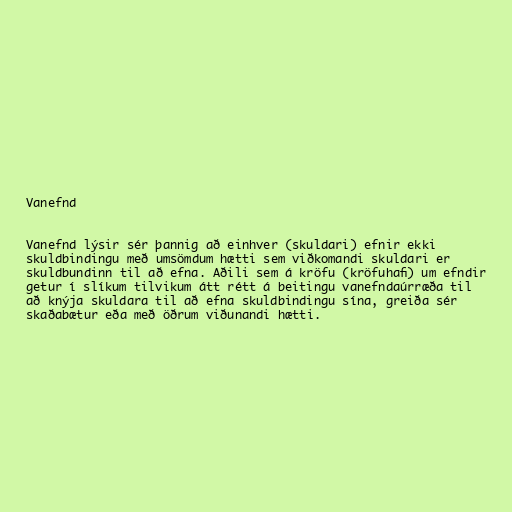
Vanefnd

Vanefnd lýsir sér þannig að einhver (skuldari) efnir ekki
skuldbindingu með umsömdum hætti sem viðkomandi skuldari er
skuldbundinn til að efna. Aðili sem á kröfu (kröfuhafi) um efndir
getur í slíkum tilvikum átt rétt á beitingu vanefndaúrræða til
að knýja skuldara til að efna skuldbindingu sína, greiða sér
skaðabætur eða með öðrum viðunandi hætti.